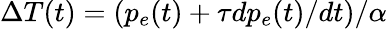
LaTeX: \Delta T(t)=(p_{e}(t)+\tau dp_{e}(t)/dt)/\alpha